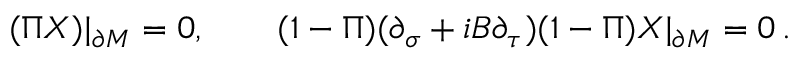
( \Pi X ) | _ { \partial M } = 0 , \qquad ( 1 - \Pi ) ( \partial _ { \sigma } + i B \partial _ { \tau } ) ( 1 - \Pi ) X | _ { \partial M } = 0 \, .